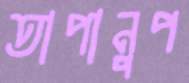
তাপানুপ